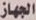
الجهاز